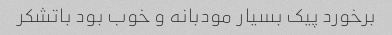
برخورد پیک بسیار مودبانه و خوب بود باتشکر